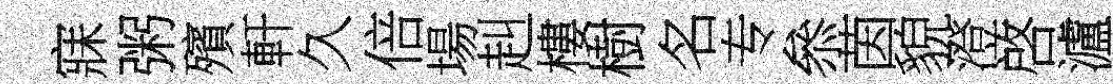
寐粥殯軒久倍場赳樓樹名专叅茵貌澄啓瀘